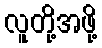
လူတို့အဖို့